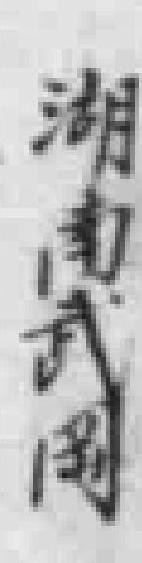
湖南武阁